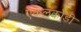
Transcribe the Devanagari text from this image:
एकलकोंडी